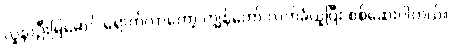
လူနာဦးမြမောင် ရောက်လာတော့ ကျွန်တော် လက်ခံယူပြီး စစ်ဆေးပါတယ်။